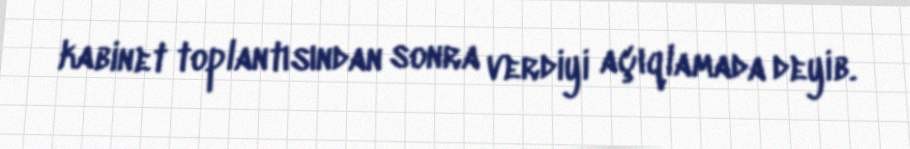
kabinet toplantısından sonra verdiyi açıqlamada deyib.